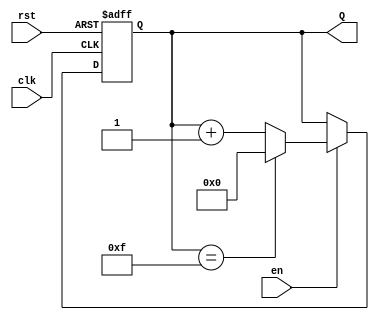
module binary_up_counter #(
    parameter N = 4  // Define the bit width of the counter
)(
    input wire clk,      // Clock signal
    input wire rst,      // Asynchronous reset signal
    input wire en,       // Enable signal
    output reg [N-1:0] Q // N-bit output representing the current count value
);

// Asynchronous reset and counting logic
always @(posedge clk or posedge rst) begin
    if (rst) begin
        Q <= 0; // Reset the counter to 0
    end else if (en) begin
        if (Q == (1 << N) - 1) begin
            Q <= 0; // Wrap around to 0 when maximum value is reached
        end else begin
            Q <= Q + 1; // Increment the counter
        end
    end
end

endmodule